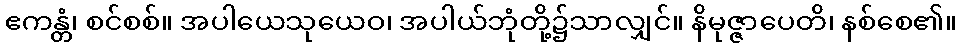
ဧကန္တံ၊ စင်စစ်။ အပါယေသုယေဝ၊ အပါယ်ဘုံတို့၌သာလျှင်။ နိမုဇ္ဇာပေတိ၊ နစ်စေ၏။